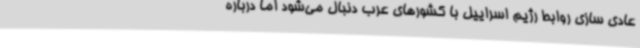
عادی سازی روابط رژیم اسراییل با کشورهای عرب دنبال می‌شود اما درباره